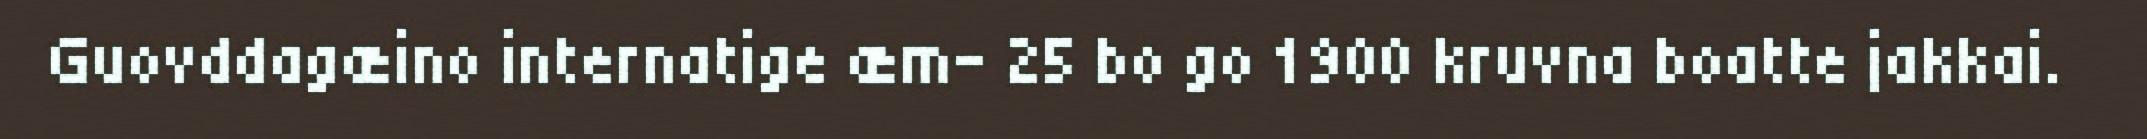
Guovddagæino internatige æm- 25 bo go 1900 kruvna boatte jakkai.